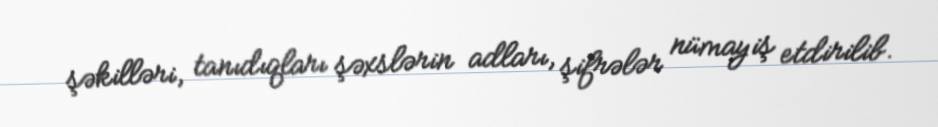
şəkilləri, tanıdıqları şəxslərin adları, şifrələr nümayiş etdirilib.